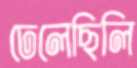
ঢেলেছিলি